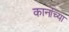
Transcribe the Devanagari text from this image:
कानांच्या